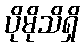
ပိုမိုသိရှိ